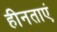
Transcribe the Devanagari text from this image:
हीनताएं